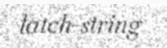
latch-string